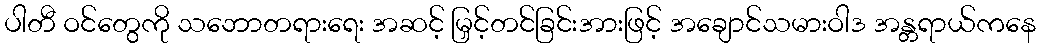
ပါတီ ဝင်တွေကို သဘောတရားရေး အဆင့် မြှင့်တင်ခြင်းအားဖြင့် အချောင်သမားဝါဒ အန္တရာယ်ကနေ